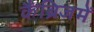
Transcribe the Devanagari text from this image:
कैंब्रिजमें